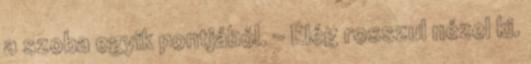
a szoba egyik pontjából. - Elég rosszul nézel ki.